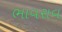
ભાવરાવ